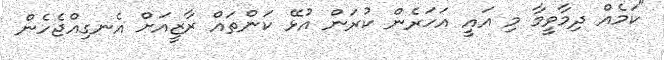
"ކަމެއް ދިމާވީމާ މި އައީ އަހަރެން ކުރަން އުޅޭ ކަންތައް ރާޒީއަށް އެނގިއްޖެހެން